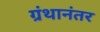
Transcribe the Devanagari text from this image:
ग्रंथानंतर